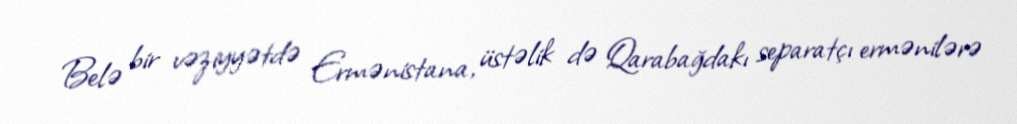
Belə bir vəziyyətdə Ermənistana, üstəlik də Qarabağdakı separatçı ermənilərə